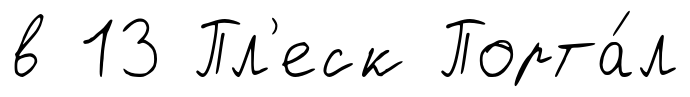
в 13 Пл'еск Порта́л